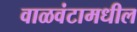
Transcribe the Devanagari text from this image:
वाळवंटामधील